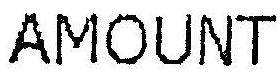
AMOUNT